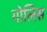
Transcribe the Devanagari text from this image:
गोलिस